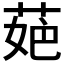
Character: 𦲛